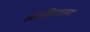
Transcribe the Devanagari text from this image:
अंधविद्यालय